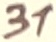
Text: 31